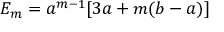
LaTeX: { \cal E } _ { m } = a ^ { m - 1 } [ 3 a + m ( b - a ) ]